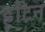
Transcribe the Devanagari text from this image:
हूटिन